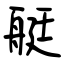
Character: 艇